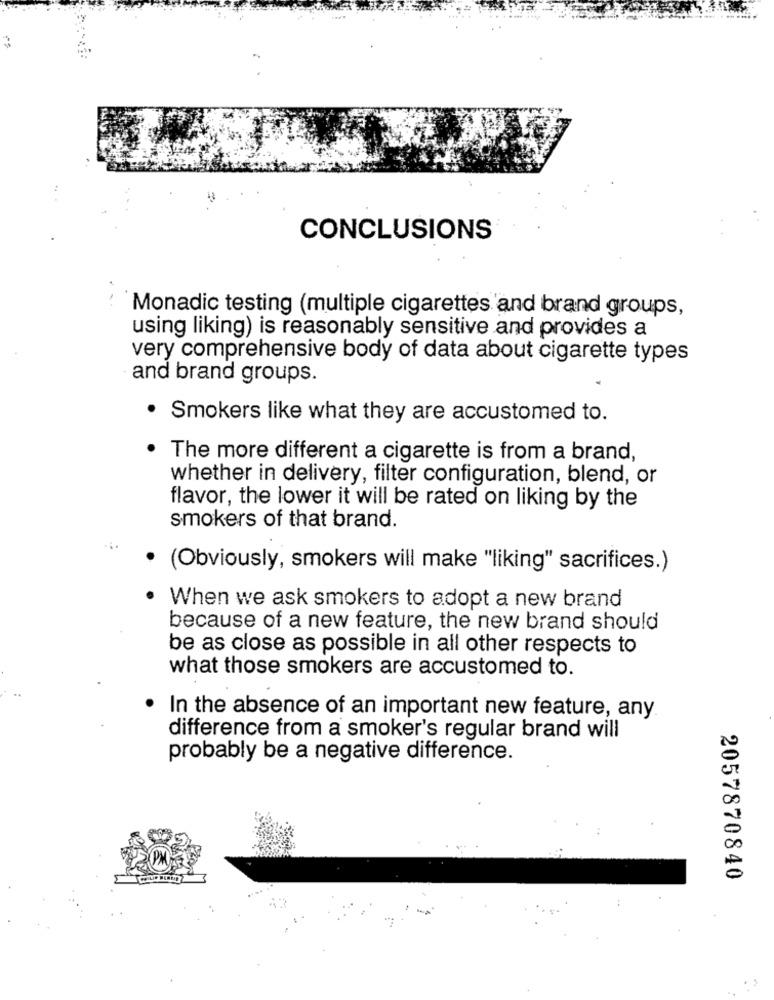
CONCLUSIONS
Monadic testing (multiple cigarettes and brand groups,
using liking) is reasonably sensitive and provides a
very comprehensive body of data about cigarette types
and brand groups.
· Smokers like what they are accustomed to.
The more different a cigarette is from a brand,
whether in delivery, filter configuration, blend, or
flavor, the lower it will be rated on liking by the
smokers of that brand.
· (Obviously, smokers will make "liking" sacrifices.)
When we ask smokers to adopt a new brand
because of a new feature, the new brand should
be as close as possible in all other respects to
what those smokers are accustomed to.
In the absence of an important new feature, any
difference from a smoker's regular brand will
probably be a negative difference.
2057870840